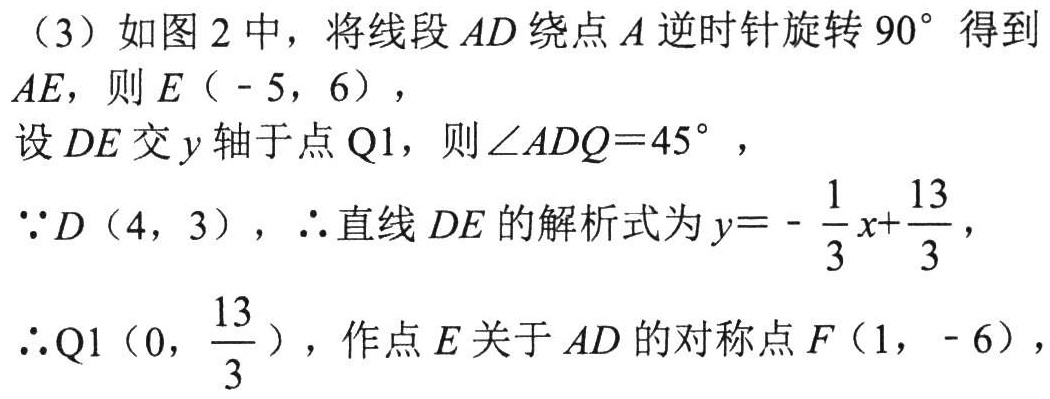
（3）如图2中，将线段\(AD\)绕点\(A\)逆时针旋转\(90^{\circ}\)得到
\(AE\)，则\(E(-5,6)\)，
设\(DE\)交\(y\)轴于点\(Q1\)，则\(\angle ADQ = 45^{\circ}\)，
\(\because D(4,3)\)，\(\therefore\)直线\(DE\)的解析式为\(y=-\dfrac{1}{3}x+\dfrac{13}{3}\)，
\(\therefore Q1\left(0,\dfrac{13}{3}\right)\)，作点\(E\)关于\(AD\)的对称点\(F(1,-6)\)，